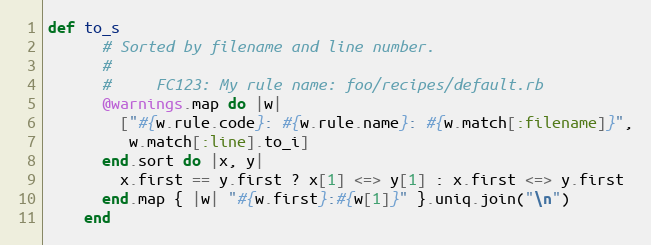
Language: Ruby
def to_s
      # Sorted by filename and line number.
      #
      #     FC123: My rule name: foo/recipes/default.rb
      @warnings.map do |w|
        ["#{w.rule.code}: #{w.rule.name}: #{w.match[:filename]}",
         w.match[:line].to_i]
      end.sort do |x, y|
        x.first == y.first ? x[1] <=> y[1] : x.first <=> y.first
      end.map { |w| "#{w.first}:#{w[1]}" }.uniq.join("\n")
    end